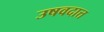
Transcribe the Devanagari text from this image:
उषवदात्त